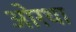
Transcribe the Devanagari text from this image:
ओरथा